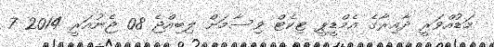
މަޑުއްވަރީ ދާއިރާގެ އެމްޑީޕީ ޓިކެޓް ވިސާމަށް ލިބިއްޖެ 08 ޖެނުއަރީ 2014 7